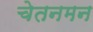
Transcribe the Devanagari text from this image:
चेतनमन